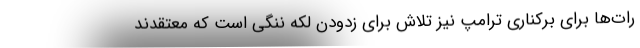
رات‌ها برای برکناری ترامپ نیز تلاش برای زدودن لکه ننگی است که معتقدند